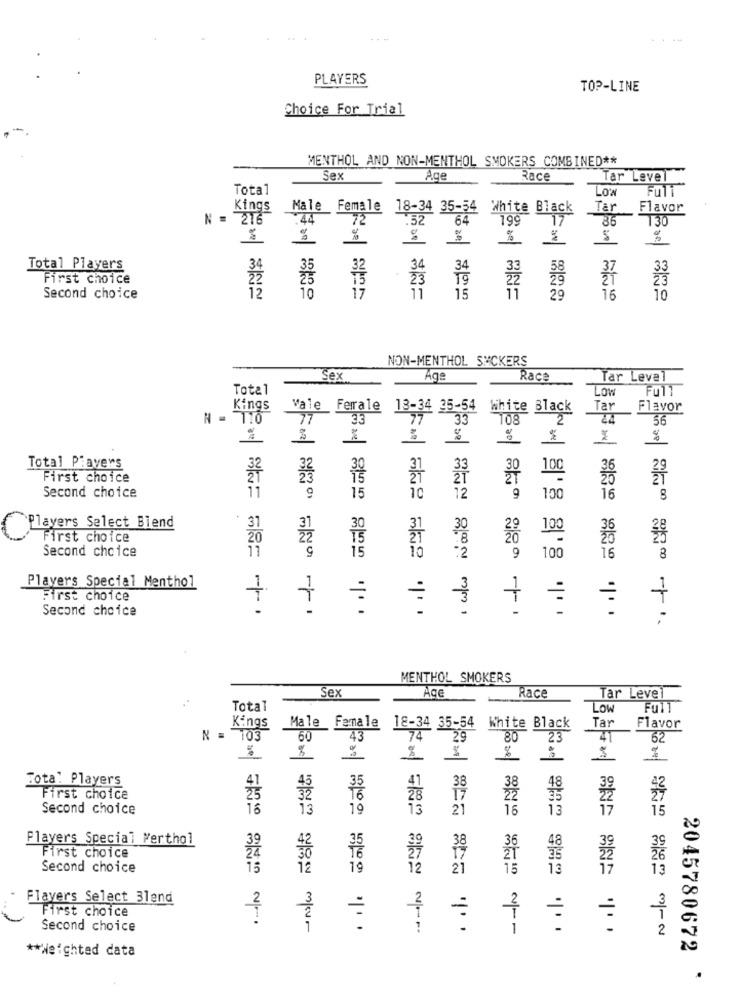
PLAYERS
TOP-LINE
Choice For Trial
MENTHOL AND NON-MENTHOL SMOKERS COMBINED **
Sex
Age
Race
Tar Level
Total
LOW
Full
Kings
Male Female
18-34 35-54 White Black
Tar
Flavor
N = 216
44
72
.52
64
199
17
86
130
%
Total Players
34
34
33
37
33
First choice
23
22
ŽÍ
23
Second choice
10
17
11
15
11
29
16
10
NON-MENTHOL SUCKERS
Sex
Ags
Race
Tar Level
Total
Low
Fu11
Kings
vale Ferrale
13-34 35-54
White Black
Tar
Flavor
N = 110
77
33
77
33
108
2
56
%
Total Piavers
30
100
First choice
22
-
11
Second choice
9
15
10
12
· who Not
9
100
16
Players Select Biend
31
30
First choice
20
15
100
Second choice
11
15
2
9
100
16
8
Players Special Menthol
First choice
Second choice
MENTHOL SMOKERS
Sex
Age
Race
Tar Level
Total
LOW
Full
Tar
Kings
Male Female
18-34 35-54 White Black
Flavor
N = 103
60
43
29
80
23
41
62
Far
Tota: Players
41
38
39
42
First choice
28
Second choice
16
13
13
21
16
13
17
15
13/00
Players Special Werthol
38
First choice
Second choice
15
12
19
12
21
15
13
17
13
Flayers Select 31end
First choice
3
2
:
=
=
Second choice
1.
2
** Weighted data
2045780672